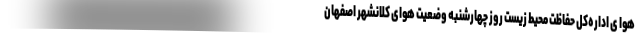
هوا ی اداره‌کل حفاظت محیط زیست روز چهارشنبه وضعیت هوای کلانشهر اصفهان